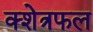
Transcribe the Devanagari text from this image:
क्शेत्रफल